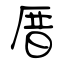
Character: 厝